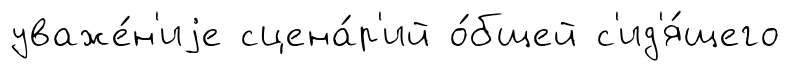
уваже́н'иjе сцена́р'ий о́бщей с'ид'я́щего